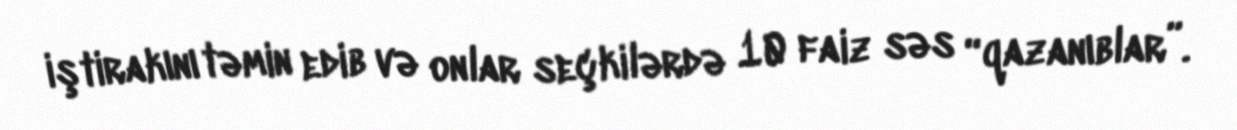
iştirakını təmin edib və onlar seçkilərdə 10 faiz səs “qazanıblar”.